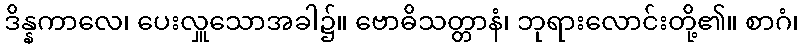
ဒိန္နကာလေ၊ ပေးလှူသောအခါ၌။ ဗောဓိသတ္တာနံ၊ ဘုရားလောင်းတို့၏။ စာဂံ၊